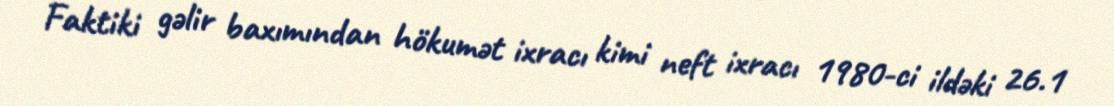
Faktiki gəlir baxımından hökumət ixracı kimi neft ixracı 1980-ci ildəki 26.1